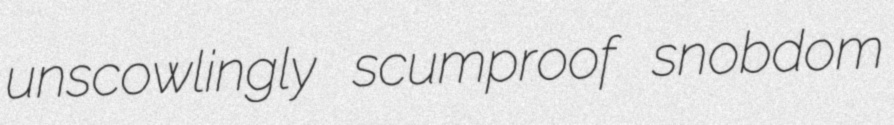
unscowlingly scumproof snobdom